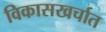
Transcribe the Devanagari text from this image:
विकासखर्चात